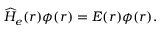
\begin{array} { r } { \widehat H _ { e } ( r ) \phi ( r ) = E ( r ) \phi ( r ) . } \end{array}